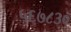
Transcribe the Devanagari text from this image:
५६७८३०